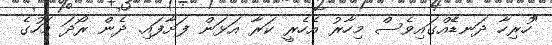
"ހުރިހާ ދަނޑެެއްގައިވެސް މިހާރު އެހެރީ ކަރާ އަޅަން ފަށާފައި. ދެން ރޯދަ މަހުގެ